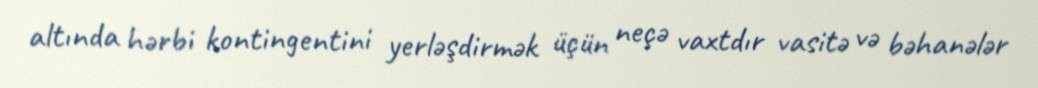
altında hərbi kontingentini yerləşdirmək üçün neçə vaxtdır vasitə və bəhanələr